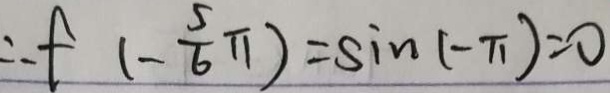
\therefore f ( - \frac { 5 } { 6 } \pi ) = \sin ( - \pi ) = 0